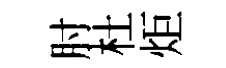
肘杜炬